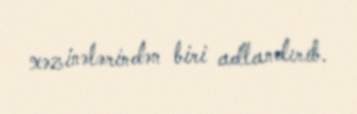
xəzinələrindən biri adlandırıb.